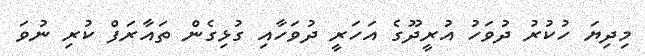
މިދިޔަ ހުކުރު ދުވަހު އުރީދޫގެ އަހަރީ ދުވަހާއި ގުޅިގެން ތައާރަފް ކުރި ނުވަ